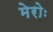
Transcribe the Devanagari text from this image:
मेरोः